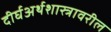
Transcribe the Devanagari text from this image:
दीर्घअर्थशास्त्रावरील